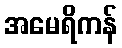
အမေရိကန်